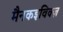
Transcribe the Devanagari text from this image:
मैनकइविक्ज़